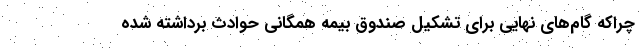
چراکه گام‌های نهایی برای تشکیل صندوق بیمه همگانی حوادث برداشته شده